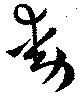
動